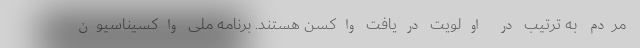
مردم به ترتیب در اولویت دریافت واکسن هستند. برنامه ملی واکسیناسیون